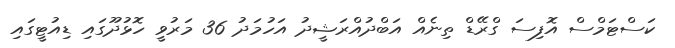
ކަސްޓަމްސް އޮފިސަ ގްރޭޑް ތިނެއް އަބްދުއްރަޝީދު އަހުމަދު 36 މަރުވީ ހޮޅުދޫގައި ޑިއުޓީގައި